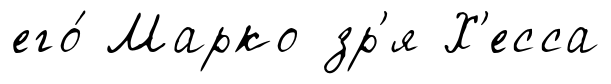
его́ Марко зр'я Х'есса